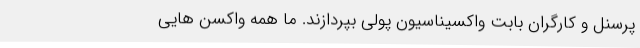
پرسنل و کارگران بابت واکسیناسیون پولی بپردازند. ما همه واکسن‌ هایی